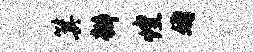
箕瓣煌婚